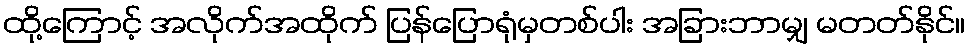
ထို့ကြောင့် အလိုက်အထိုက် ပြန်ပြောရုံမှတစ်ပါး အခြားဘာမျှ မတတ်နိုင်။